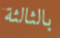
بالثالثة